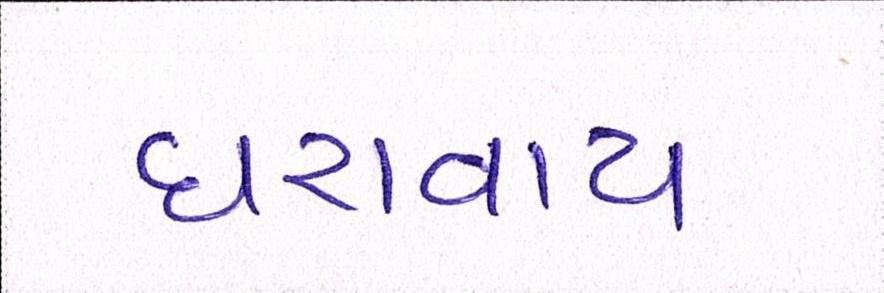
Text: ધરાવાય